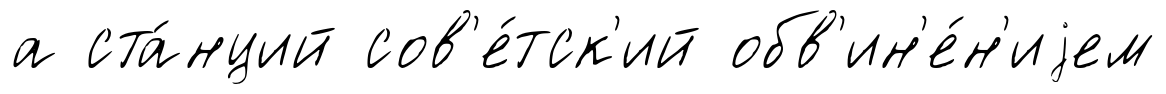
а ста́нций сов'е́тск'ий обв'ин'е́н'иjем